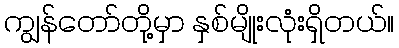
ကျွန်တော်တို့မှာ နှစ်မျိုးလုံးရှိတယ်။